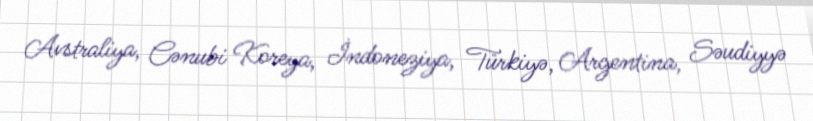
Avstraliya, Cənubi Koreya, İndoneziya, Türkiyə, Argentina, Səudiyyə